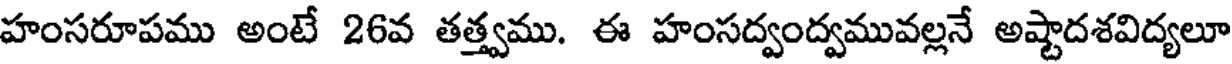
హంసరూపము అంటే 26వ తత్త్వము. ఈ హంసద్వంద్వమువల్లనే అష్టాదశవిద్యలూ